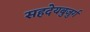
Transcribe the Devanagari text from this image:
सहदेयबुजुर्ग